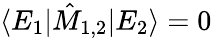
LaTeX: \langle E_{1}|\hat{M}_{1,2}|E_{2}\rangle=0